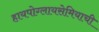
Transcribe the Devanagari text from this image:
हायपोग्लायसेमियाची